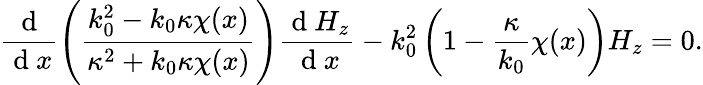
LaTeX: \frac{\mathrm{~d~}}{\mathrm{~d~}x}\left(\frac{k_{0}^{2}-k_{0}\kappa\chi(x)}{\kappa^{2}+k_{0}\kappa\chi(x)}\right)\frac{\mathrm{~d~}H_{z}}{\mathrm{~d~}x}-k_{0}^{2}\left(1-\frac{\kappa}{k_{0}}\chi(x)\right)H_{z}=0.